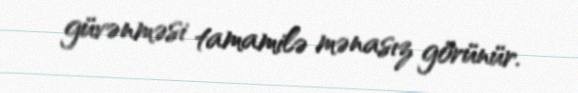
güvənməsi tamamilə mənasız görünür.